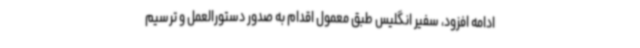
ادامه افزود، سفیر انگلیس طبق معمول اقدام به صدور دستورالعمل و ترسیم